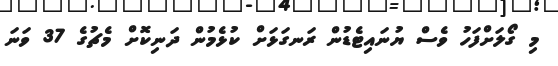
މި ގޯލަށްފަހު ވެސް ޔުނައިޓެޑުން ރަނގަޅަށް ކުޅެމުން ދަނިކޮށް މެޗުގެ 37 ވަނަ